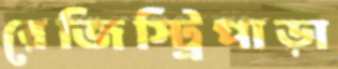
রেজিস্ট্রিপাড়া